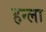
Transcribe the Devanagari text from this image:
हन्ला